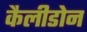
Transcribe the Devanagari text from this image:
कैलीडोन